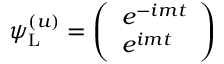
\psi _ { \mathrm { { L } } } ^ { ( u ) } = { \left( \begin{array} { l } { e ^ { - i m t } } \\ { e ^ { i m t } } \end{array} \right) }